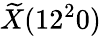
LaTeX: \widetilde{X}(12^{2}0)